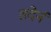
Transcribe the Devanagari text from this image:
तदेनं